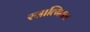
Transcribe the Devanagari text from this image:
रसात्मिका